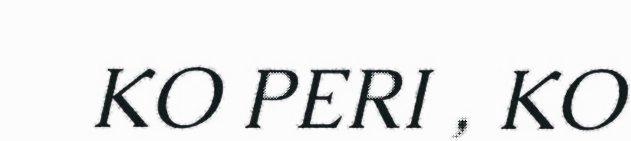
KO PERI , KO